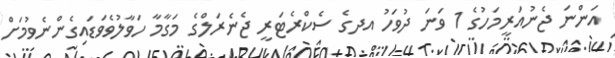
އަންނަ ޖެނުއަރީމަހުގެ 1 ވަނަ ދުވަހު އދގެ ސެކްރެޓަރީ ޖެނެރަލްގެ މަގާމާ ހަވާލުވެވަޑައިގެންނެވުމަށް